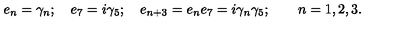
e _ { n } = \gamma _ { n } ; \quad e _ { 7 } = i \gamma _ { 5 } ; \quad e _ { n + 3 } = e _ { n } e _ { 7 } = i \gamma _ { n } \gamma _ { 5 } ; \qquad n = 1 , 2 , 3 .